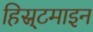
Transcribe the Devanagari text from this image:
हिस्र्टमाइन